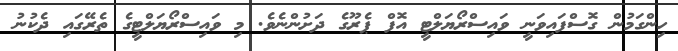
ހިންގަމުން ގޮސްފައިވަނީ ވައިސްރޯޔަލްޓީ އޮފް ޕެރޫގެ ދަށުންނެވެ. މި ވައިސްރޯޔަލްޓީގެ ތެރޭގައި ދެކުނު